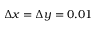
\Delta x = \Delta y = 0 . 0 1